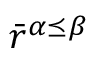
\bar { r } ^ { \alpha \preceq \beta }